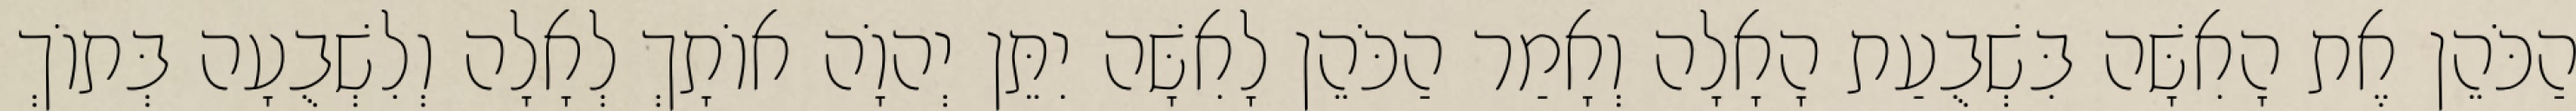
הַכֹּהֵן אֶת הָאִשָּׁה בִּשְׁבֻעַת הָאָלָה וְאָמַר הַכֹּהֵן לָאִשָּׁה יִתֵּן יְהוָֹה אוֹתָךְ לְאָלָה וְלִשְׁבֻעָה בְּתוֹךְ